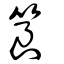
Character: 筤